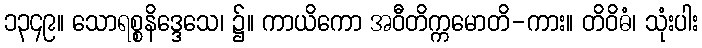
၁၃၄၉။ သောရစ္စနိဒ္ဒေသေ၊ ၌။ ကာယိကော အဝီတိက္ကမောတိ-ကား။ တိဝိဓံ၊ သုံးပါး